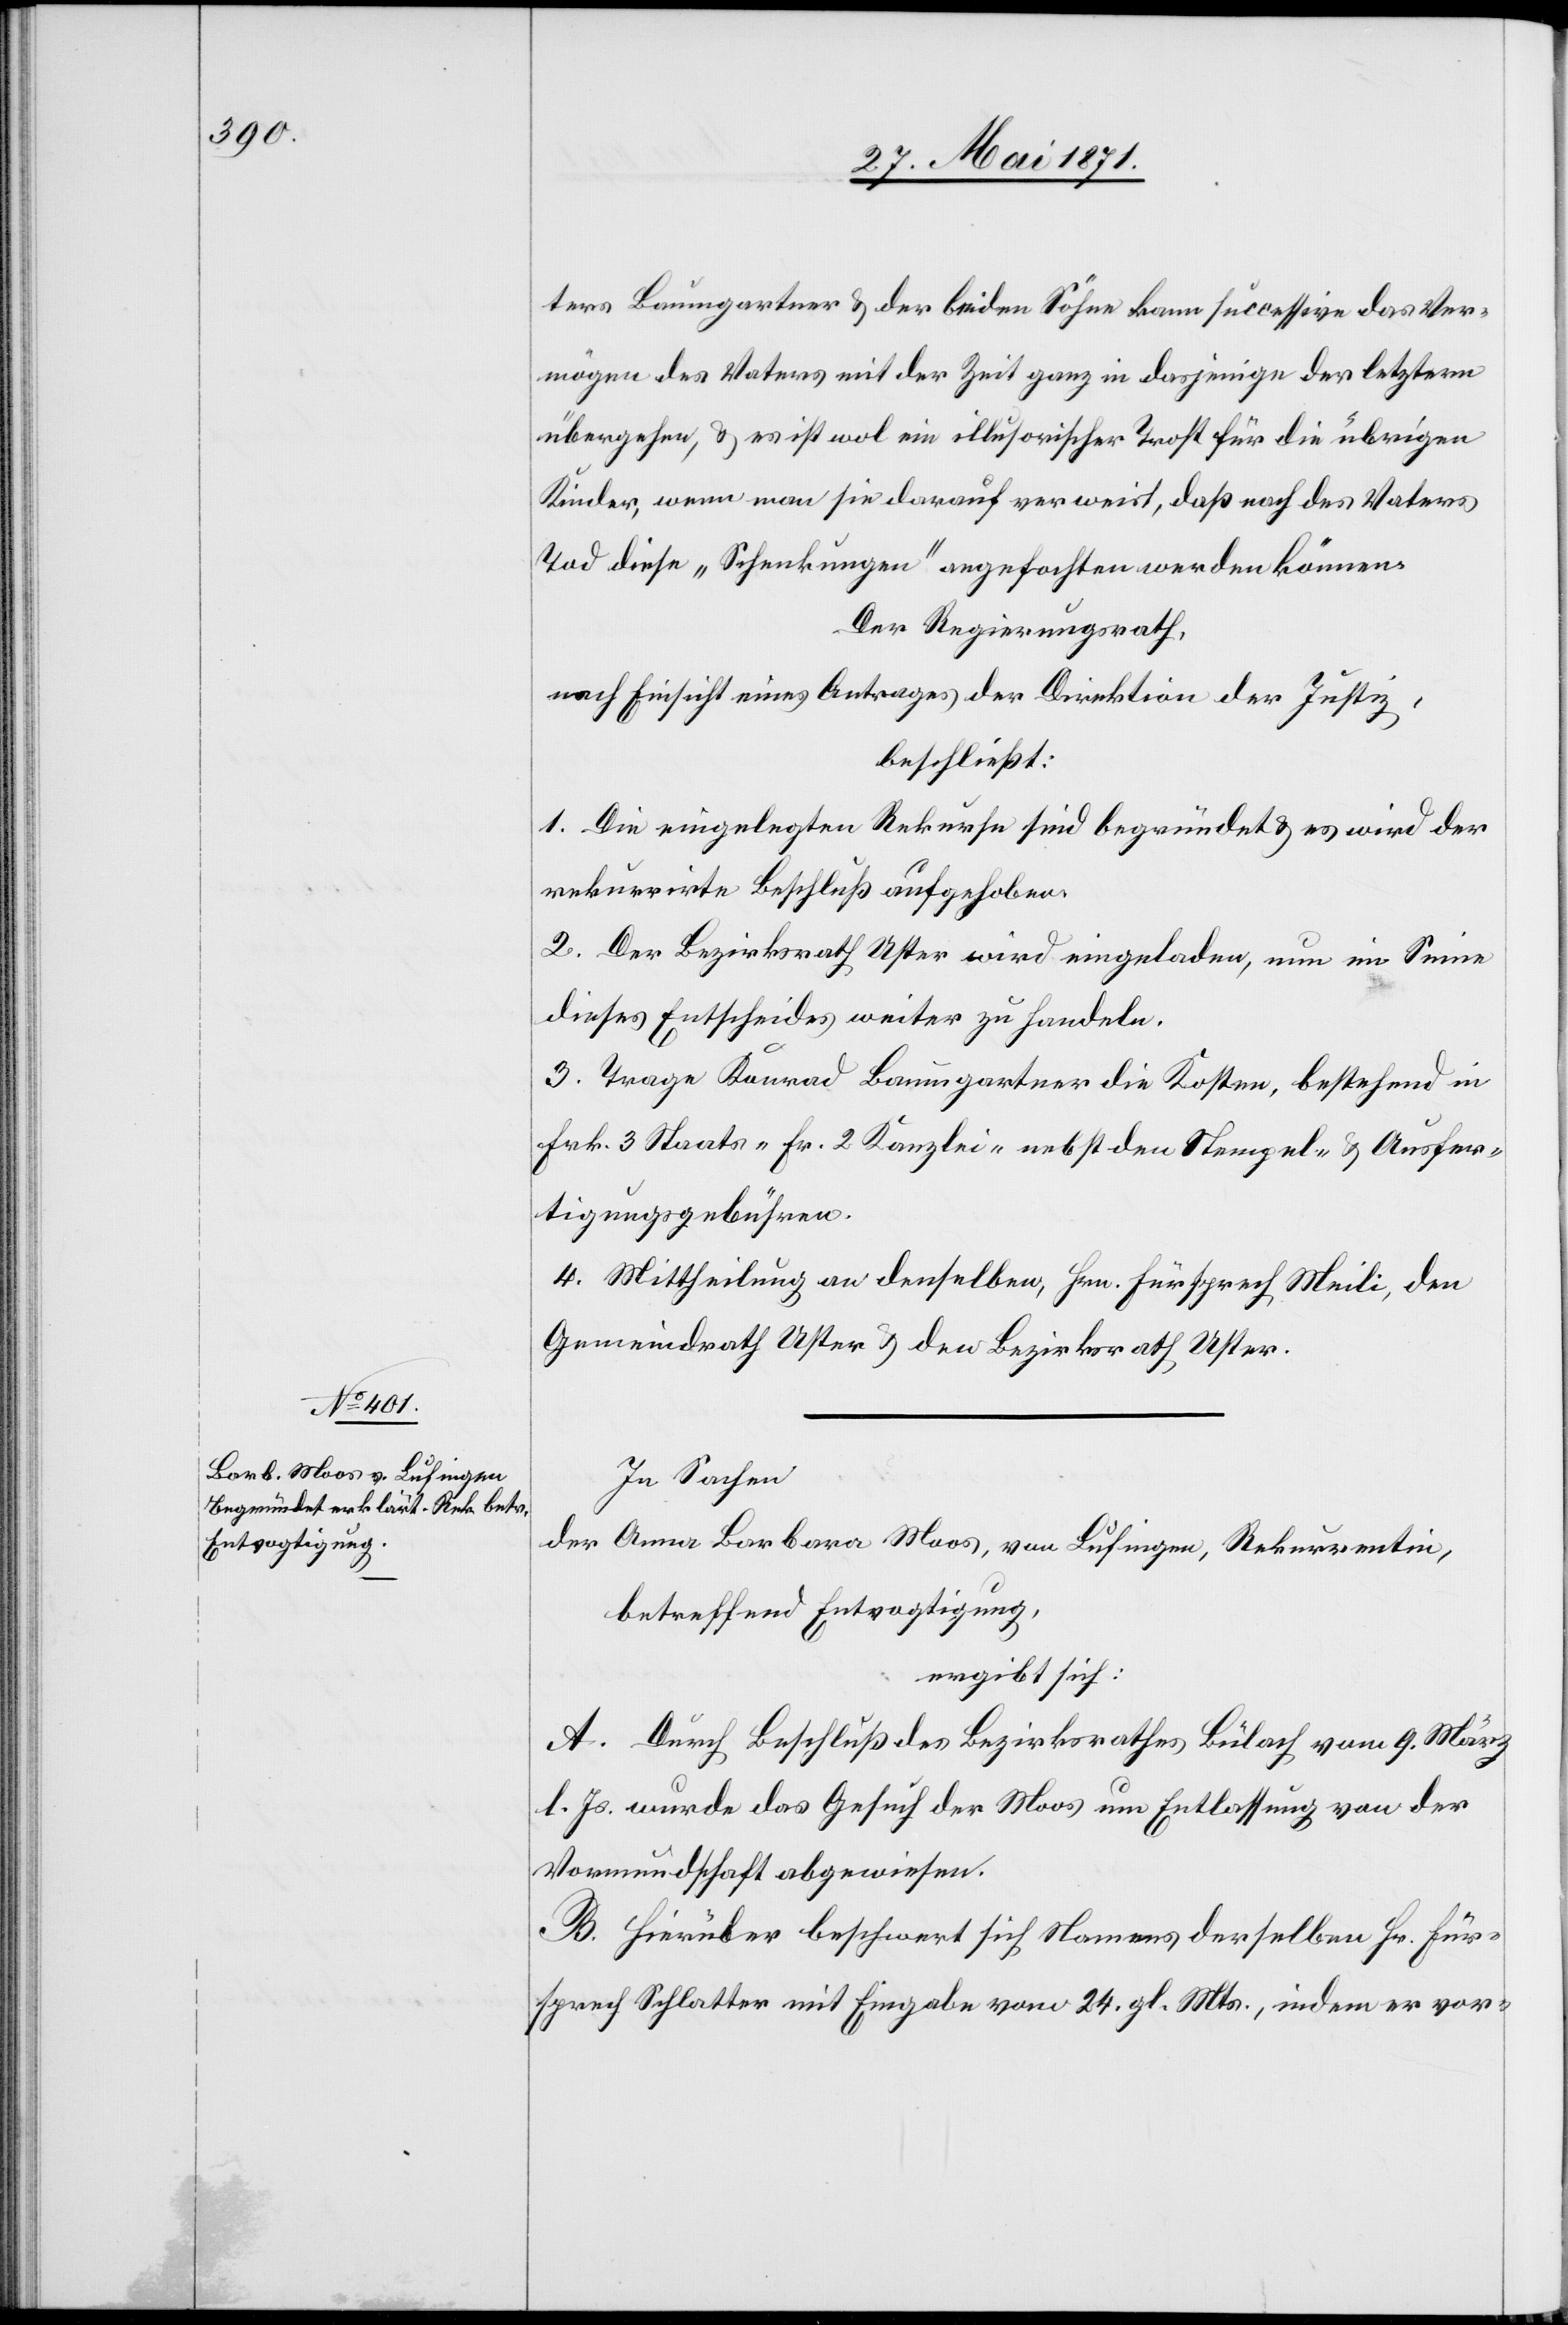
ters Baumgartner u. der beiden Söhne kann successive das Ver¬
mögen des Vaters mit der Zeit ganz in dasjenige der letztern
übergehen, u. es ist wol ein illusorischer Trost für die übrigen
Kinder, wenn man sie darauf verweist, daß nach des Vaters
Tod diese „Schenkungen“ angefochten werden können.
Der Regierungsrath,
nach Einsicht eines Antrages der Direktion der Justiz,
beschließt:
1. Die eingelegten Rekurse sind begründet u. es wird der
rekurrirte Beschluß aufgehoben.
2. Der Bezirksrath Uster wird eingeladen, nun im Sinne
dieses Entscheides weiter zu handeln.
3. Trage Konrad Baumgartner die Kosten, bestehend in
Frk. 3 Staats-[,] Fr. 2 Kanzlei[,] nebst den Stempel- u. Ausfer¬
tigungsgebühren.
4. Mittheilung an denselben, Hrn. Fürsprech Meili, den
Gemeindrath Uster u. den Bezirksrath Uster.
In Sachen
der Anna [sic!] Barbara Moos, von Lufingen, Rekurrentin,
betreffend Entvogtigung,
ergibt sich:
A. Durch Beschluß des Bezirksrath Bülach vom 9. März
l. Js. wurde das Gesuch der Moos um Entlassung von der
Vormundschaft abgewiesen.
B. Hierüber beschwert sich Namens derselben Hr. Für¬
sprech Schlatter mit Eingabe vom 24. gl. Mts., indem er vor-